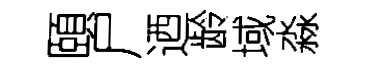
頤尸迺龄域淼